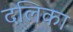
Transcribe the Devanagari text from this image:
दलिका